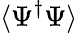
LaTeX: \langle\Psi^{\dagger}\Psi\rangle